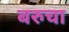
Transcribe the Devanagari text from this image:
बरुचा